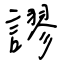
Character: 謬